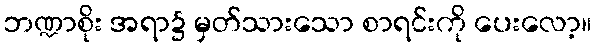
ဘဏ္ဍာစိုး အရာ၌ မှတ်သားသော စာရင်းကို ပေးလော့။